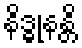
နိဒ္ဓုနန္တိ